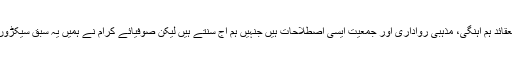
ان کا مزید کہنا تھا کہ بین العقائد ہم آہنگی، مذہبی رواداری اور جمعیت ایسی اصطلاحات ہیں جنہیں ہم آج سنتے ہیں لیکن صوفیائے کرام نے ہمیں یہ سبق سیکڑوں سال پہلے ہی سکھا دیا تھا۔